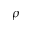
\rho